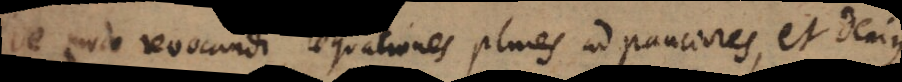
e modo revocandi aequationes plures ad pauciores, et denique